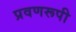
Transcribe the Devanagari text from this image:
प्रवणरूपी